Report of the King Institute of Preventive Medicine, Guindy
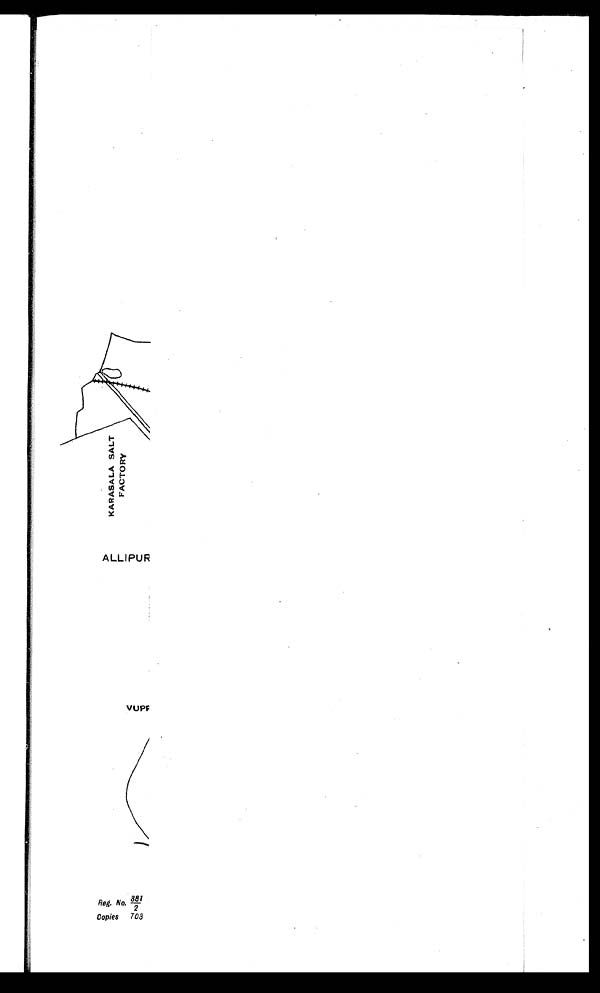
ALLIPUR
Reg. No.
881/2
Copies 703